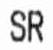
SR